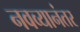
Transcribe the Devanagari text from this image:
नवव्यानंतर